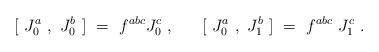
LaTeX: \begin{align*}{}~~[~J_0^a~ ,~ J_0^b~]~=~f^{abc} J_0^c ~,~~~~~[~J_0^a~,~J_1^b~]~=~f^{abc}{}~J_1^{c} ~.~\end{align*}